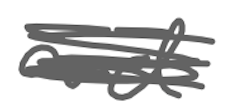
Text: and
Cross-out: scratch
Writing tool: digital_gray